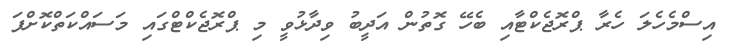
އިސްމެހެލަ ހެރާ ޕްރޮޖެކްޓާއި ބެހޭ ގޮތުން އަދީބު ވިދާޅުވީ މި ޕްރޮޖެކްޓްގައި މަސައްކަތްކޮށްފަ